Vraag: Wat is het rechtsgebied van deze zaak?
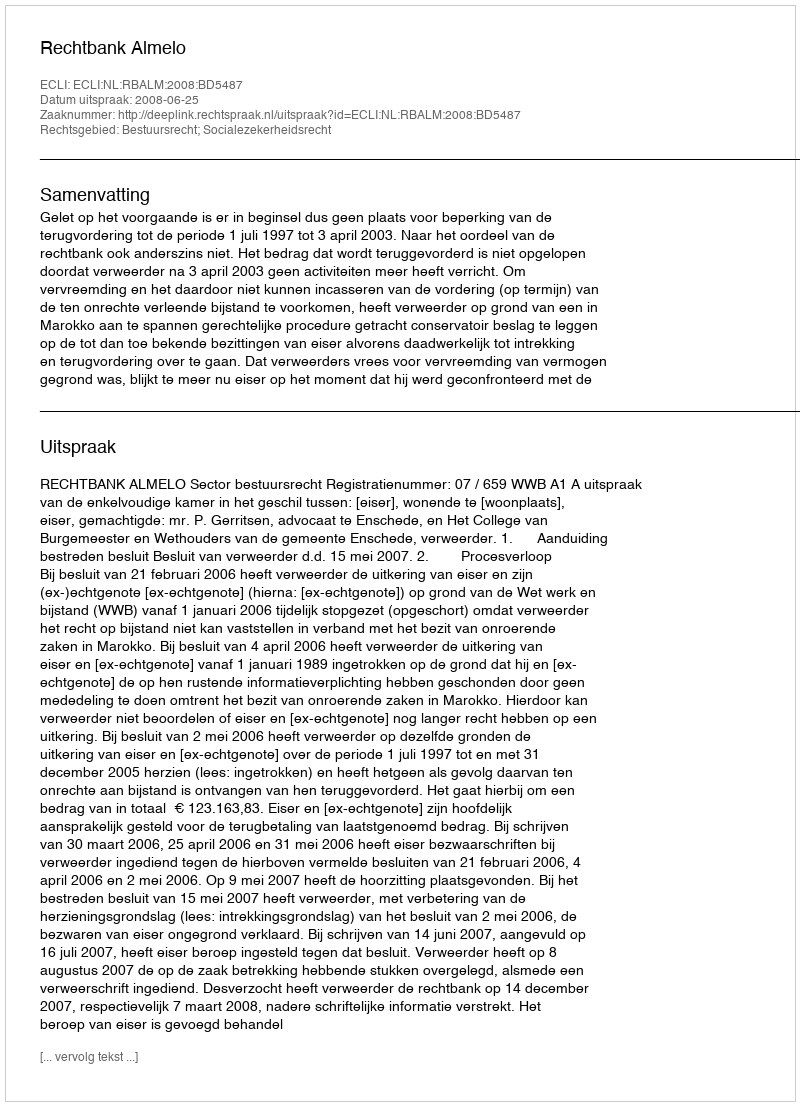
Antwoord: Bestuursrecht; Socialezekerheidsrecht